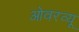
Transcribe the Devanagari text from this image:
ओवरव्यू